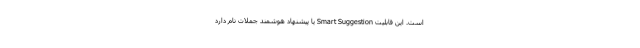
است. این قابلیت Smart Suggestion یا پیشنهاد هوشمند جملات نام دارد